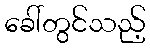
ခေါ်တွင်သည့်